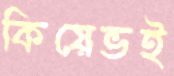
কিয়েভই